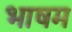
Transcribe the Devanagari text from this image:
भाषम